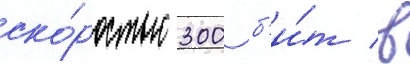
ско́ростью 300 б'и́т в